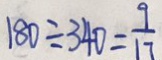
1 8 0 \div 3 4 0 = \frac { 9 } { 1 7 }